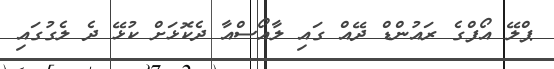
ޕްލޭ އޯފްގެ ރައުންޑް ދޭއް ގައި ލާއޯސްއާ ދެކޮޅަށް ކުޅޭ ދެ ލެގުގައި